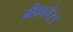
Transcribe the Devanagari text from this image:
बीकानेर।